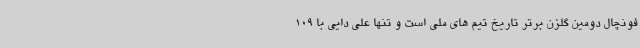
فونچال دومین گلزن برتر تاریخ تیم های ملی است و تنها علی دایی با 109